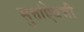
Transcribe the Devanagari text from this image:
सुत्तांऐवजी